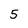
Character: 5